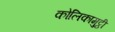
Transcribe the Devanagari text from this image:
कोलिकामुट्ठी